Malaria in the Andamans - Number 56
Disease focus: Malaria
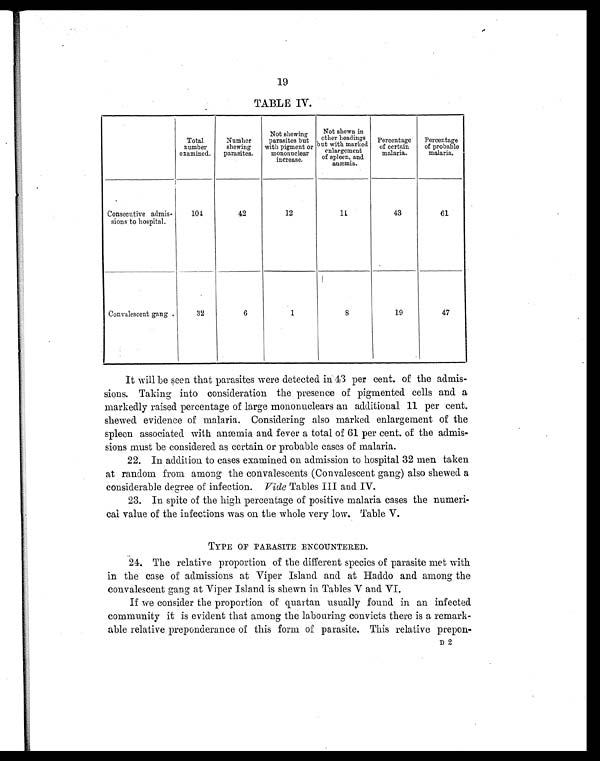
19
TABLE IV.
Total
number
examined.
Number
shewing
parasites.
Not shewing
parasites but
with pigment or
mononuclear
increase.
Not shewn in
other headings
but with marked
enlargement
of spleen, and
anæmia.
Percentage
of certain
malaria.
Percentage
of probable
malaria.
Consecutive admis-
sions to hospital.
101
42
12
11
43
61
Convalescent gang
32
6
1
8
19
47
It will be seen that parasites were detected in 43 per cent. of the admis-
sions. Taking into consideration the presence of pigmented cells and a
markedly raised percentage of large mononuclears an additional 11 per cent.
shewed evidence of malaria. Considering also marked enlargement of the
spleen associated with anæmia and fever a total of 61 per cent. of the admis-
sions must be considered as certain or probable cases of malaria.
22.
In addition to cases examined on admission to hospital 32 men taken
at random from among the convalescents (Convalescent gang) also shewed a
considerable degree of infection. Vide Tables III and IV.
23.
In spite of the high percentage of positive malaria cases the numeri-
cal value of the infections was on the whole very low. Table V.
TYPE OF PARASITE ENCOUNTERED.
24.
The relative proportion of the different species of parasite met with
in the case of admissions at Viper Island and at Haddo and among the
convalescent gang at Viper Island is shewn in Tables V and VI.
If we consider the proportion of quartan usually found in an infected
community it is evident that among the labouring convicts there is a remark-
able relative preponderance of this form of parasite. This relative prepon-
D 2